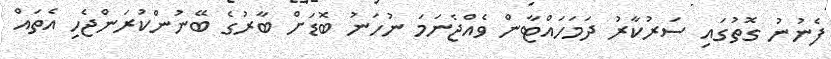
ފެނުނު ގޮތުގައި ސަރުކާރު ދަމަހައްޓާން ވެއްޖެނަމަ ނުހަނު ބޮޑަށް ބާރުގެ ބޭނުންކުރަންޖެހި އެތައް